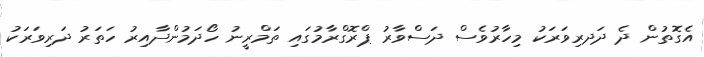
އެގޮތުން ދެ ދަދރިވަރަކު މިހާރުވެސް ދަސްވާރު ޕްރޮގްރާމުގައި ތަމްރީނު ހޯދަމުންދާއިރު ހަތަރު ދަރިވަރަކު